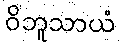
ဝိဘူသာယံ